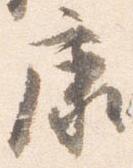
康